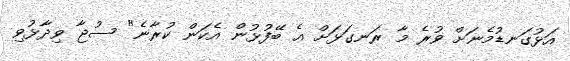
އަޅުގަނޑުމެނަށް ވުރެ މާ ރަނގަޅަށް އެ ބޭފުޅުން އެކަން ކުރާނެ" ސުޖާ ވިދާޅުވި